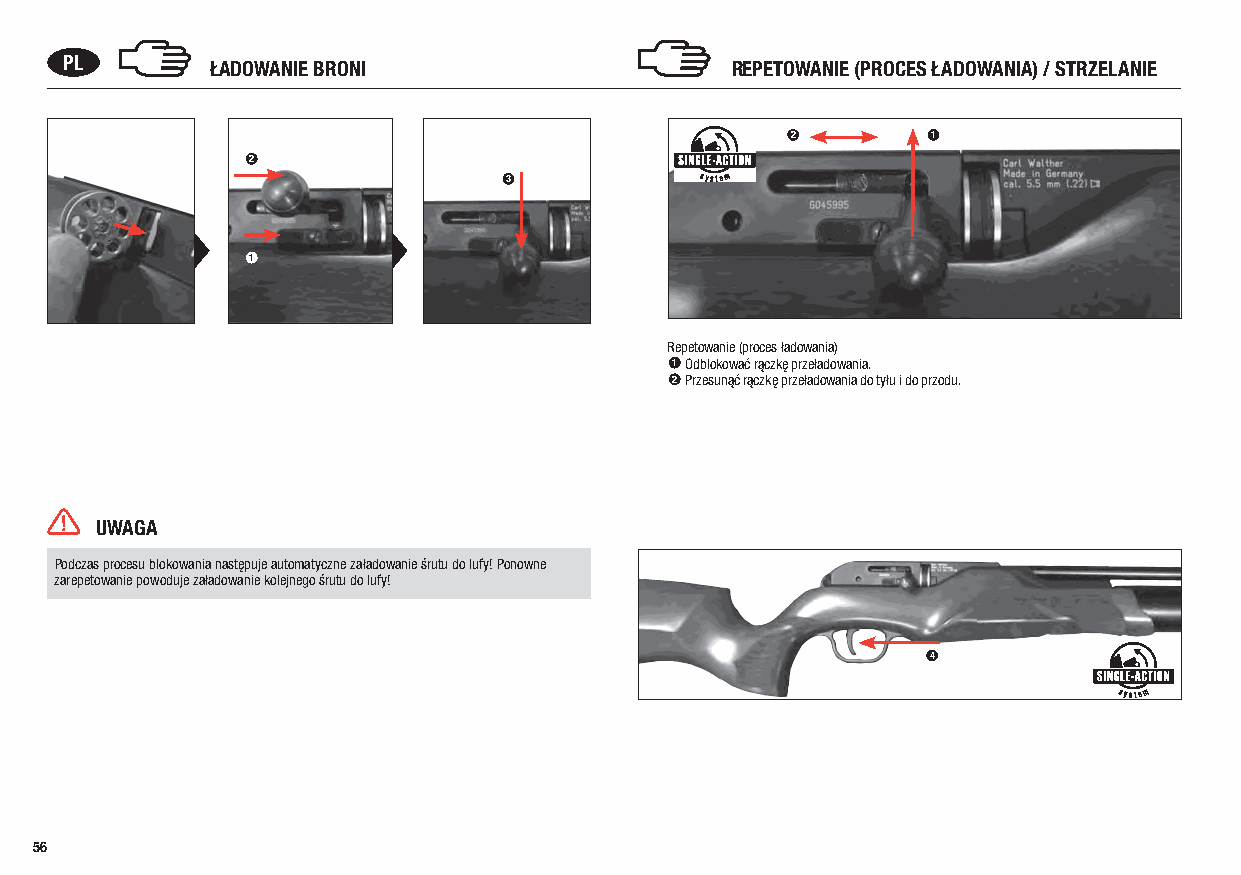
PL        ŁADOWANIE BRONI                   REPETOWANIE (PROCES ŁADOWANIA) / STRZELANIE
 2         1
 2
 3
 1
 Repetowanie (proces ładowania)
 1 Odblokować rączkę przeładowania.
 2 Przesunąć rączkę przeładowania do tyłu i do przodu.
 UWAGA
 Podczas procesu blokowania następuje automatyczne załadowanie śrutu do lufy! Ponowne
 zarepetowanie powoduje załadowanie kolejnego śrutu do lufy!
 4
 56